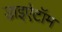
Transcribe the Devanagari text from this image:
डाइऐटॉम